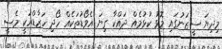
މިދިޔަ ސީޒަނުގައި މޮޅު ކުޅުމެއް ދައްކާ ގިނަ އެވޯޑުތަކެއް ހޯދި ހަޒާޑްއަކީ މެސީ